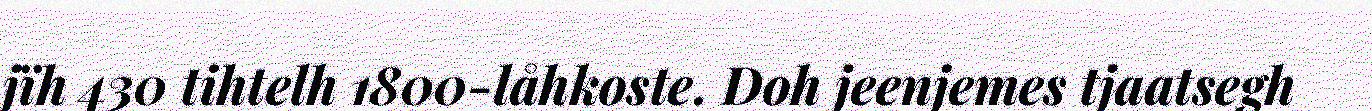
jïh 430 tihtelh 1800-låhkoste. Doh jeenjemes tjaatsegh